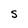
Character: S